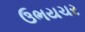
ઉભયચર